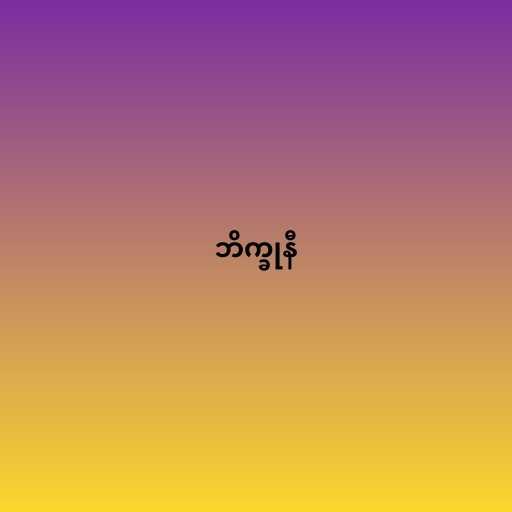
ဘိက္ခုနီ